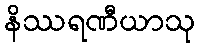
နိဿရဏီယာသု